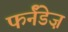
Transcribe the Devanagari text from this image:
फर्नॅंडेज़